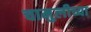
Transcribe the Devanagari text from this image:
चामुलीच्या